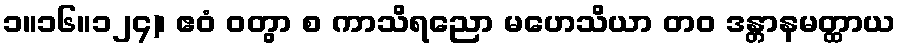
၁။၁၆။၁၂၄)၊ ဧဝံ ဝတွာ စ ကာသိရညော မဟေသိယာ တဝ ဒန္တာနမတ္ထာယ